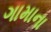
ગામાના